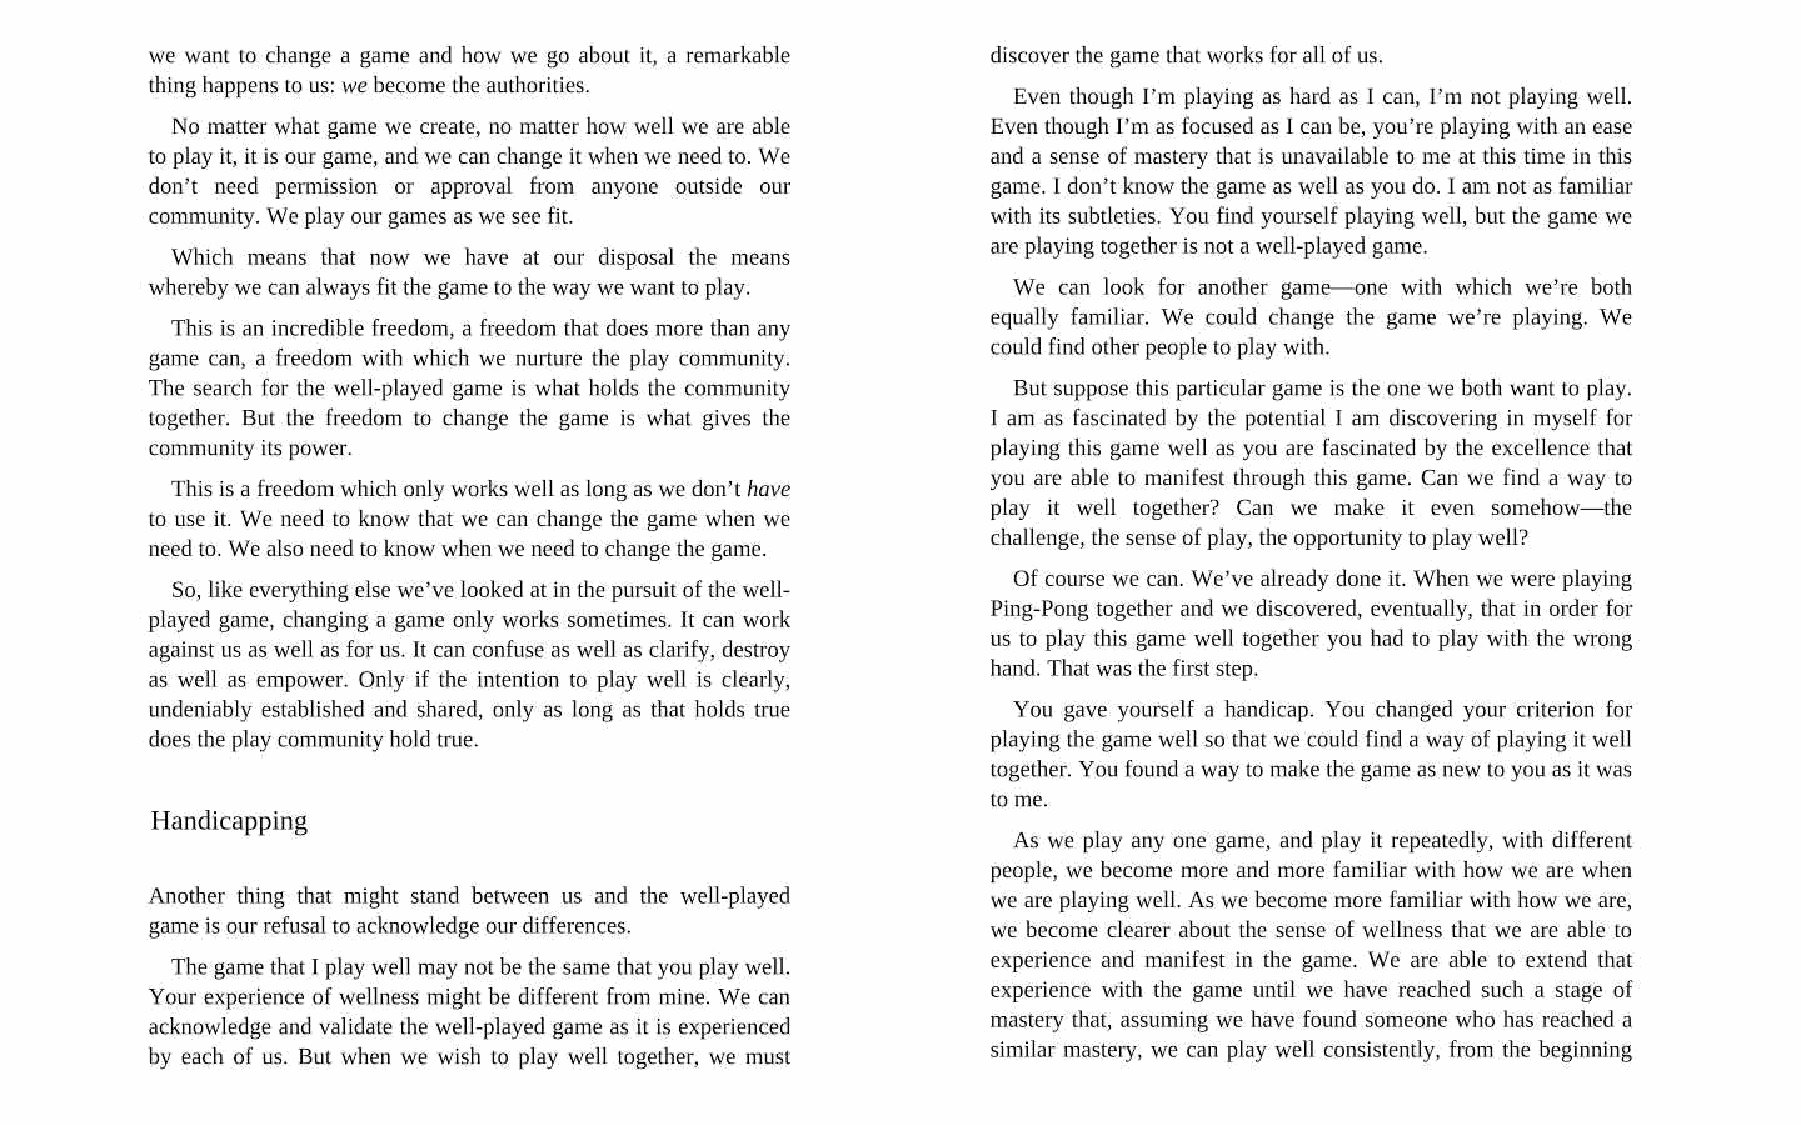
we want to change a game and how we go about it, a remarkable discover the game that works for all of us.
 thing happens to us: we become the authorities.          Even though I’m playing as hard as I can, I’m not playing well.
 Even though I’m as focused as I can be, you’re playing with an ease
 No matter what game we create, no matter how well we are able
 to play it, it is our game, and we can change it when we need to. We and a sense of mastery that is unavailable to me at this time in this
 don’t need permission or approval from anyone outside our game. I don’t know the game as well as you do. | am not as familiar
 with its subtleties. You find yourself playing well, but the game we
 community. We play our games as we see fit.
 are playing together is not a well-played game.
 Which means that now we have at our disposal the means
 We can look for another game—one with which we’re both
 whereby we can always fit the game to the way we want to play.
 equally familiar. We could change the game we're playing. We
 This is an incredible freedom, a freedom that does more than any
 could find other people to play with.
 game can, a freedom with which we nurture the play community.
 The search for the well-played game is what holds the community
 But suppose this particular game is the one we both want to play.
 together. But the freedom to change the game is what gives the I am as fascinated by the potential I am discovering in myself for
 community its power.                                    playing this game well as you are fascinated by the excellence that
 This is a freedom which only works well as long as we don’t have you are able to manifest through this game. Can we find a way to
 play it well together? Can we make it even somehow—the
 to use it. We need to know that we can change the game when we
 need to. We also need to know when we need to change the game. challenge, the sense of play, the opportunity to play well?
 Of course we can. We've already done it. When we were playing
 So, like everything else we’ve looked at in the pursuit of the well-
 Ping-Pong together and we discovered, eventually, that in order for
 played game, changing a game only works sometimes. It can work
 against us as well as for us. It can confuse as well as clarify, destroy us to play this game well together you had to play with the wrong
 as well as empower. Only if the intention to play well is clearly, hand. That was the first step.
 undeniably established and shared, only as long as that holds true You gave yourself a handicap. You changed your criterion for
 playing the game well so that we could find a way of playing it well
 does the play community hold true.
 together. You found a way to make the game as new to you as it was
 to me.
 Handicapping
 As we play any one game, and play it repeatedly, with different
 people, we become more and more familiar with how we are when
 Another thing that might stand between us and the well-played we are playing well. As we become more familiar with how we are,
 game is our refusal to acknowledge our differences.
 we become clearer about the sense of wellness that we are able to
 experience and manifest in the game. We are able to extend that
 The game that I play well may not be the same that you play well
 experience with the game until we have reached such a stage of
 Your experience of wellness might be different from mine. We can
 mastery that, assuming we have found someone who has reached a
 acknowledge and validate the well-played game as it is experienced
 similar mastery, we can play well consistently, from the beginning
 by each of us. But when we wish to play well together, we must